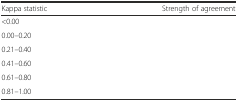
<table><thead><tr><td><b>Kappa statistic</b></td><td><b>Strength of agreement</b></td></tr></thead><tbody><tr><td>&lt;0.00</td><td>[EMPTY_CELL]</td></tr><tr><td>0.00–0.20</td><td>[EMPTY_CELL]</td></tr><tr><td>0.21–0.40</td><td>[EMPTY_CELL]</td></tr><tr><td>0.41–0.60</td><td>[EMPTY_CELL]</td></tr><tr><td>0.61–0.80</td><td>[EMPTY_CELL]</td></tr><tr><td>0.81–1.00</td><td>[EMPTY_CELL]</td></tr></tbody></table>